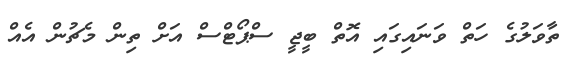
ތާވަލުގެ ހަތް ވަނައިގައި އޮތް ބީޖީ ސްޕޯޓްސް އަށް ތިން މެޗުން އެއް